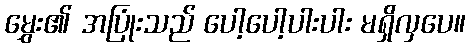
မွှေး၏ အပြုံးသည် ပေါ့ပေါ့ပါးပါး မရှိလှပေ။